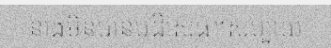
នាងមិនបានបដិសេធ។សប្បាយ